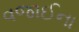
વજાઈના